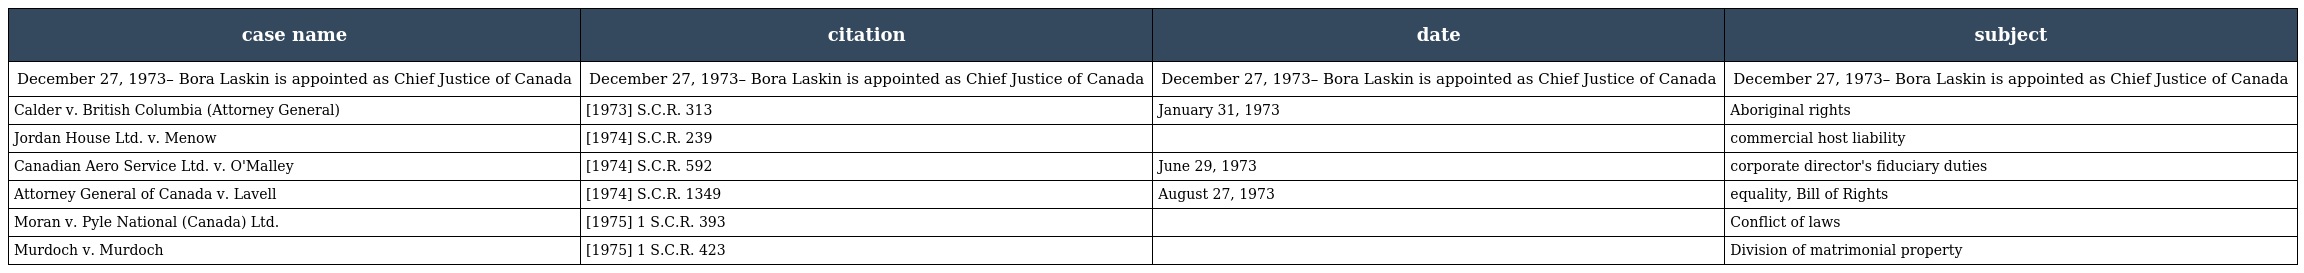
| case name | citation | date | subject |
 | --- | --- | --- | --- |
 | December 27, 1973– Bora Laskin is appointed as Chief Justice of Canada | December 27, 1973– Bora Laskin is appointed as Chief Justice of Canada | December 27, 1973– Bora Laskin is appointed as Chief Justice of Canada | December 27, 1973– Bora Laskin is appointed as Chief Justice of Canada |
 | Calder v. British Columbia (Attorney General) | [1973] S.C.R. 313 | January 31, 1973 | Aboriginal rights |
 | Jordan House Ltd. v. Menow | [1974] S.C.R. 239 |  | commercial host liability |
 | Canadian Aero Service Ltd. v. O'Malley | [1974] S.C.R. 592 | June 29, 1973 | corporate director's fiduciary duties |
 | Attorney General of Canada v. Lavell | [1974] S.C.R. 1349 | August 27, 1973 | equality, Bill of Rights |
 | Moran v. Pyle National (Canada) Ltd. | [1975] 1 S.C.R. 393 |  | Conflict of laws |
 | Murdoch v. Murdoch | [1975] 1 S.C.R. 423 |  | Division of matrimonial property |